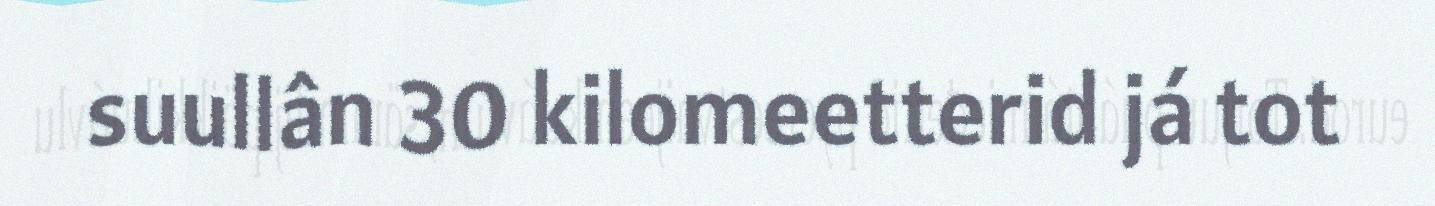
suullân 30 kilomeetterid já tot